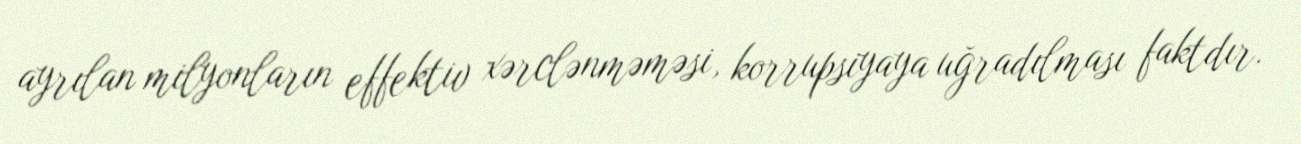
ayrılan milyonların effektiv xərclənməməsi, korrupsiyaya uğradılması faktdır.